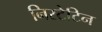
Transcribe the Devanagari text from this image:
निस्टेटिन